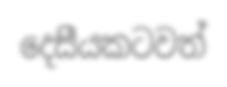
දෙසීයකටවත්